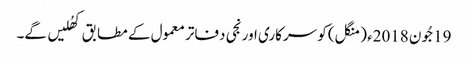
19جُون 2018ء (منگل) کو سرکاری اور نجی دفاتر معمول کے مطابق کھُلیں گے۔